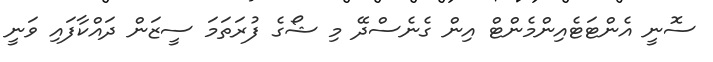
ސޮނީ އެންޓަޓެއިންމެންޓް އިން ގެނެސްދޭ މި ޝޯގެ ފުރަތަމަ ސީޒަން ދައްކާފައި ވަނީ